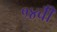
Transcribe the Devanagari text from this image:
१४वीँ